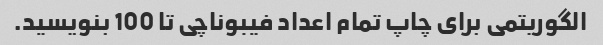
الگوریتمی برای چاپ تمام اعداد فیبوناچی تا 100 بنویسید.